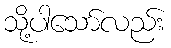
သို့ပါသော်လည်း